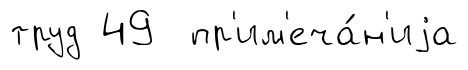
труд 49 пр'им'еча́н'иjа